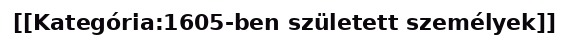
[[Kategória:1605-ben született személyek]]